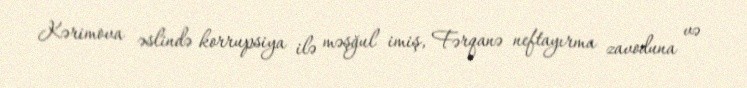
Kərimova əslində korrupsiya ilə məşğul imiş, Fərqanə neftayırma zavoduna və